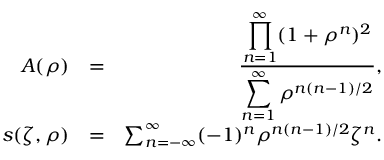
\begin{array} { r l r } { A ( \rho ) } & { = } & { \frac { \displaystyle \prod _ { n = 1 } ^ { \infty } ( 1 + \rho ^ { n } ) ^ { 2 } } { \displaystyle \sum _ { n = 1 } ^ { \infty } \rho ^ { n ( n - 1 ) / 2 } } , } \\ { s ( \zeta , \rho ) } & { = } & { \sum _ { n = - \infty } ^ { \infty } ( - 1 ) ^ { n } \rho ^ { n ( n - 1 ) / 2 } \zeta ^ { n } . } \end{array}